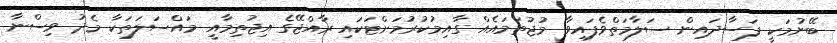
ބޭނުމަކީ ފަސާދައިން ސަލާމަތްވެފައިވާ މުޖުތަމައެއް ގާއިމުކުރުމަށްޓަކައި ރާއްޖޭގެ އިޖުތިމާއީ މައްސަލަތަކާ މެދު ވިސްނާ